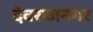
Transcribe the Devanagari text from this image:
देवराजनगर